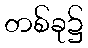
တစ်ခု၌